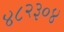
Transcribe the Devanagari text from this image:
४८२३०४